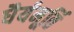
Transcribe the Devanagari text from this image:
धैर्यमूर्ति